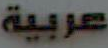
عربية